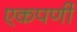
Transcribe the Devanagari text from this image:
एकपर्णी